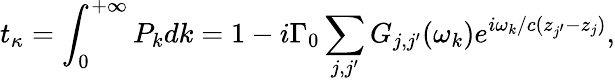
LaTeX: t_{\kappa}=\int_{0}^{+\infty}P_{k}dk=1-i{\Gamma_{0}}\sum_{j,j^{\prime}}^{}{{{G_{j,j^{\prime}}}(\omega_{k})e^{i\omega_{k}/c({z_{j^{\prime}}}-{z_{j}})}}},